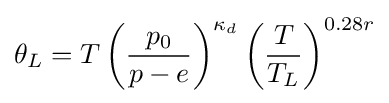
\theta _{L}=T\left({\frac {p_{0}}{p-e}}\right)^{\kappa _{d}}\left({\frac {T}{T_{L}}}\right)^{0.28r}